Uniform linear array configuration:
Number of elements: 32
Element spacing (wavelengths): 0.25
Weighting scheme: cosine
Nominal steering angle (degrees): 30
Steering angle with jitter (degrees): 30.376
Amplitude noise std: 0.05
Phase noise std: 0.05

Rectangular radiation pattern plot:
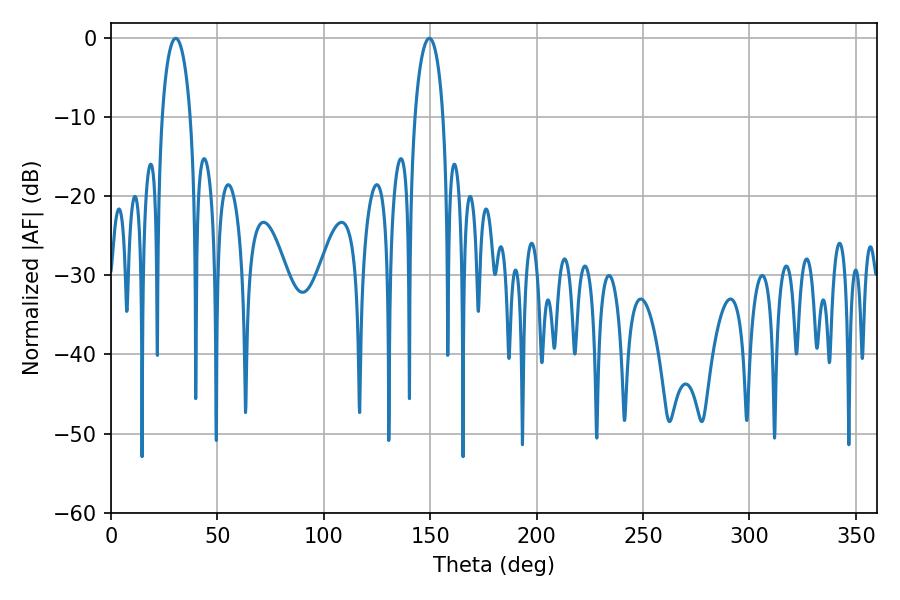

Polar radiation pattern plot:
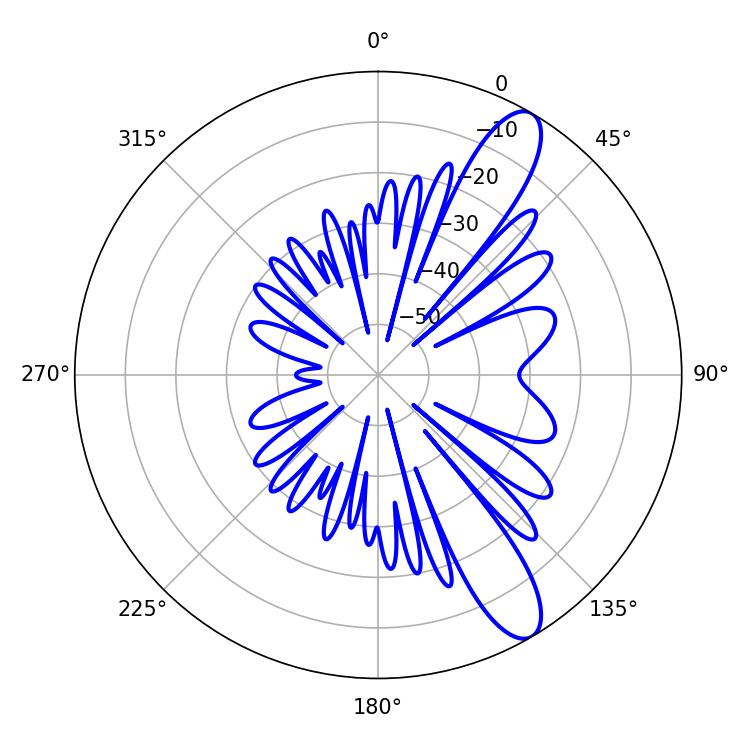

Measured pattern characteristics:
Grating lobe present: FALSE
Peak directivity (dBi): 11.257
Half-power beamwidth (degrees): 7.56
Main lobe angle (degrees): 30.42